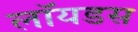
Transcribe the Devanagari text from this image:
लॉयडस